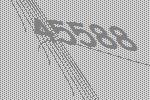
45588